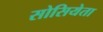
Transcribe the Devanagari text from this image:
सोसियेता